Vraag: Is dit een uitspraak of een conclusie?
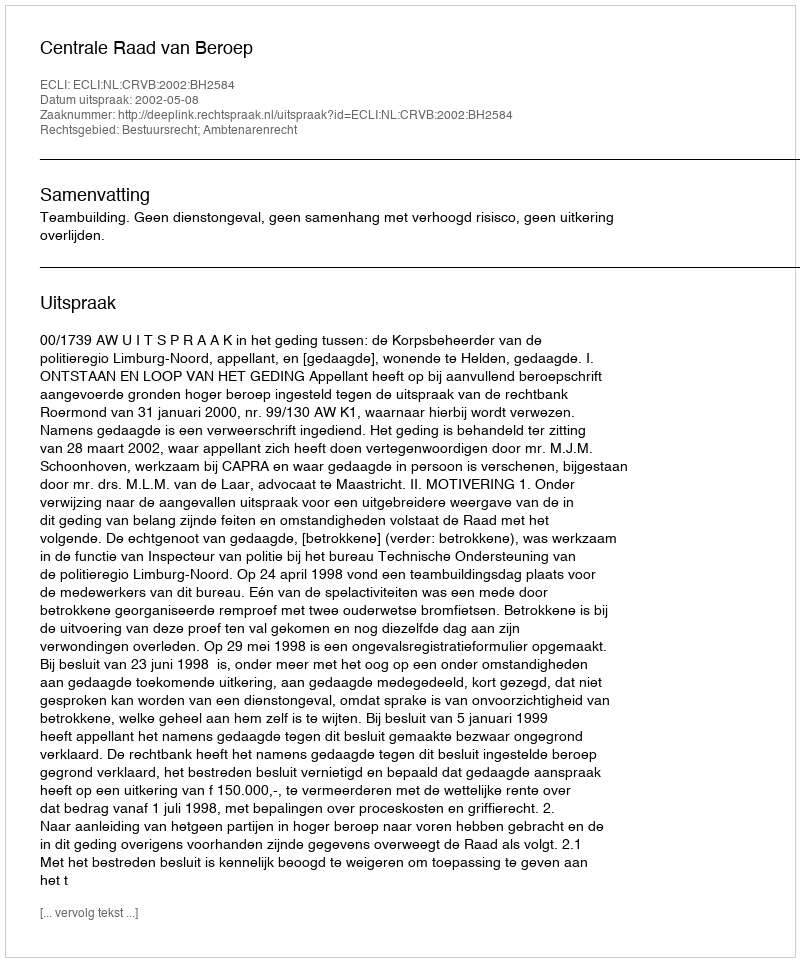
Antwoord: Uitspraak